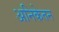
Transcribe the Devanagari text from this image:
अनिकेतन